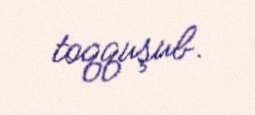
toqquşub.